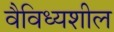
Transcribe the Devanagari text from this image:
वैविध्यशील